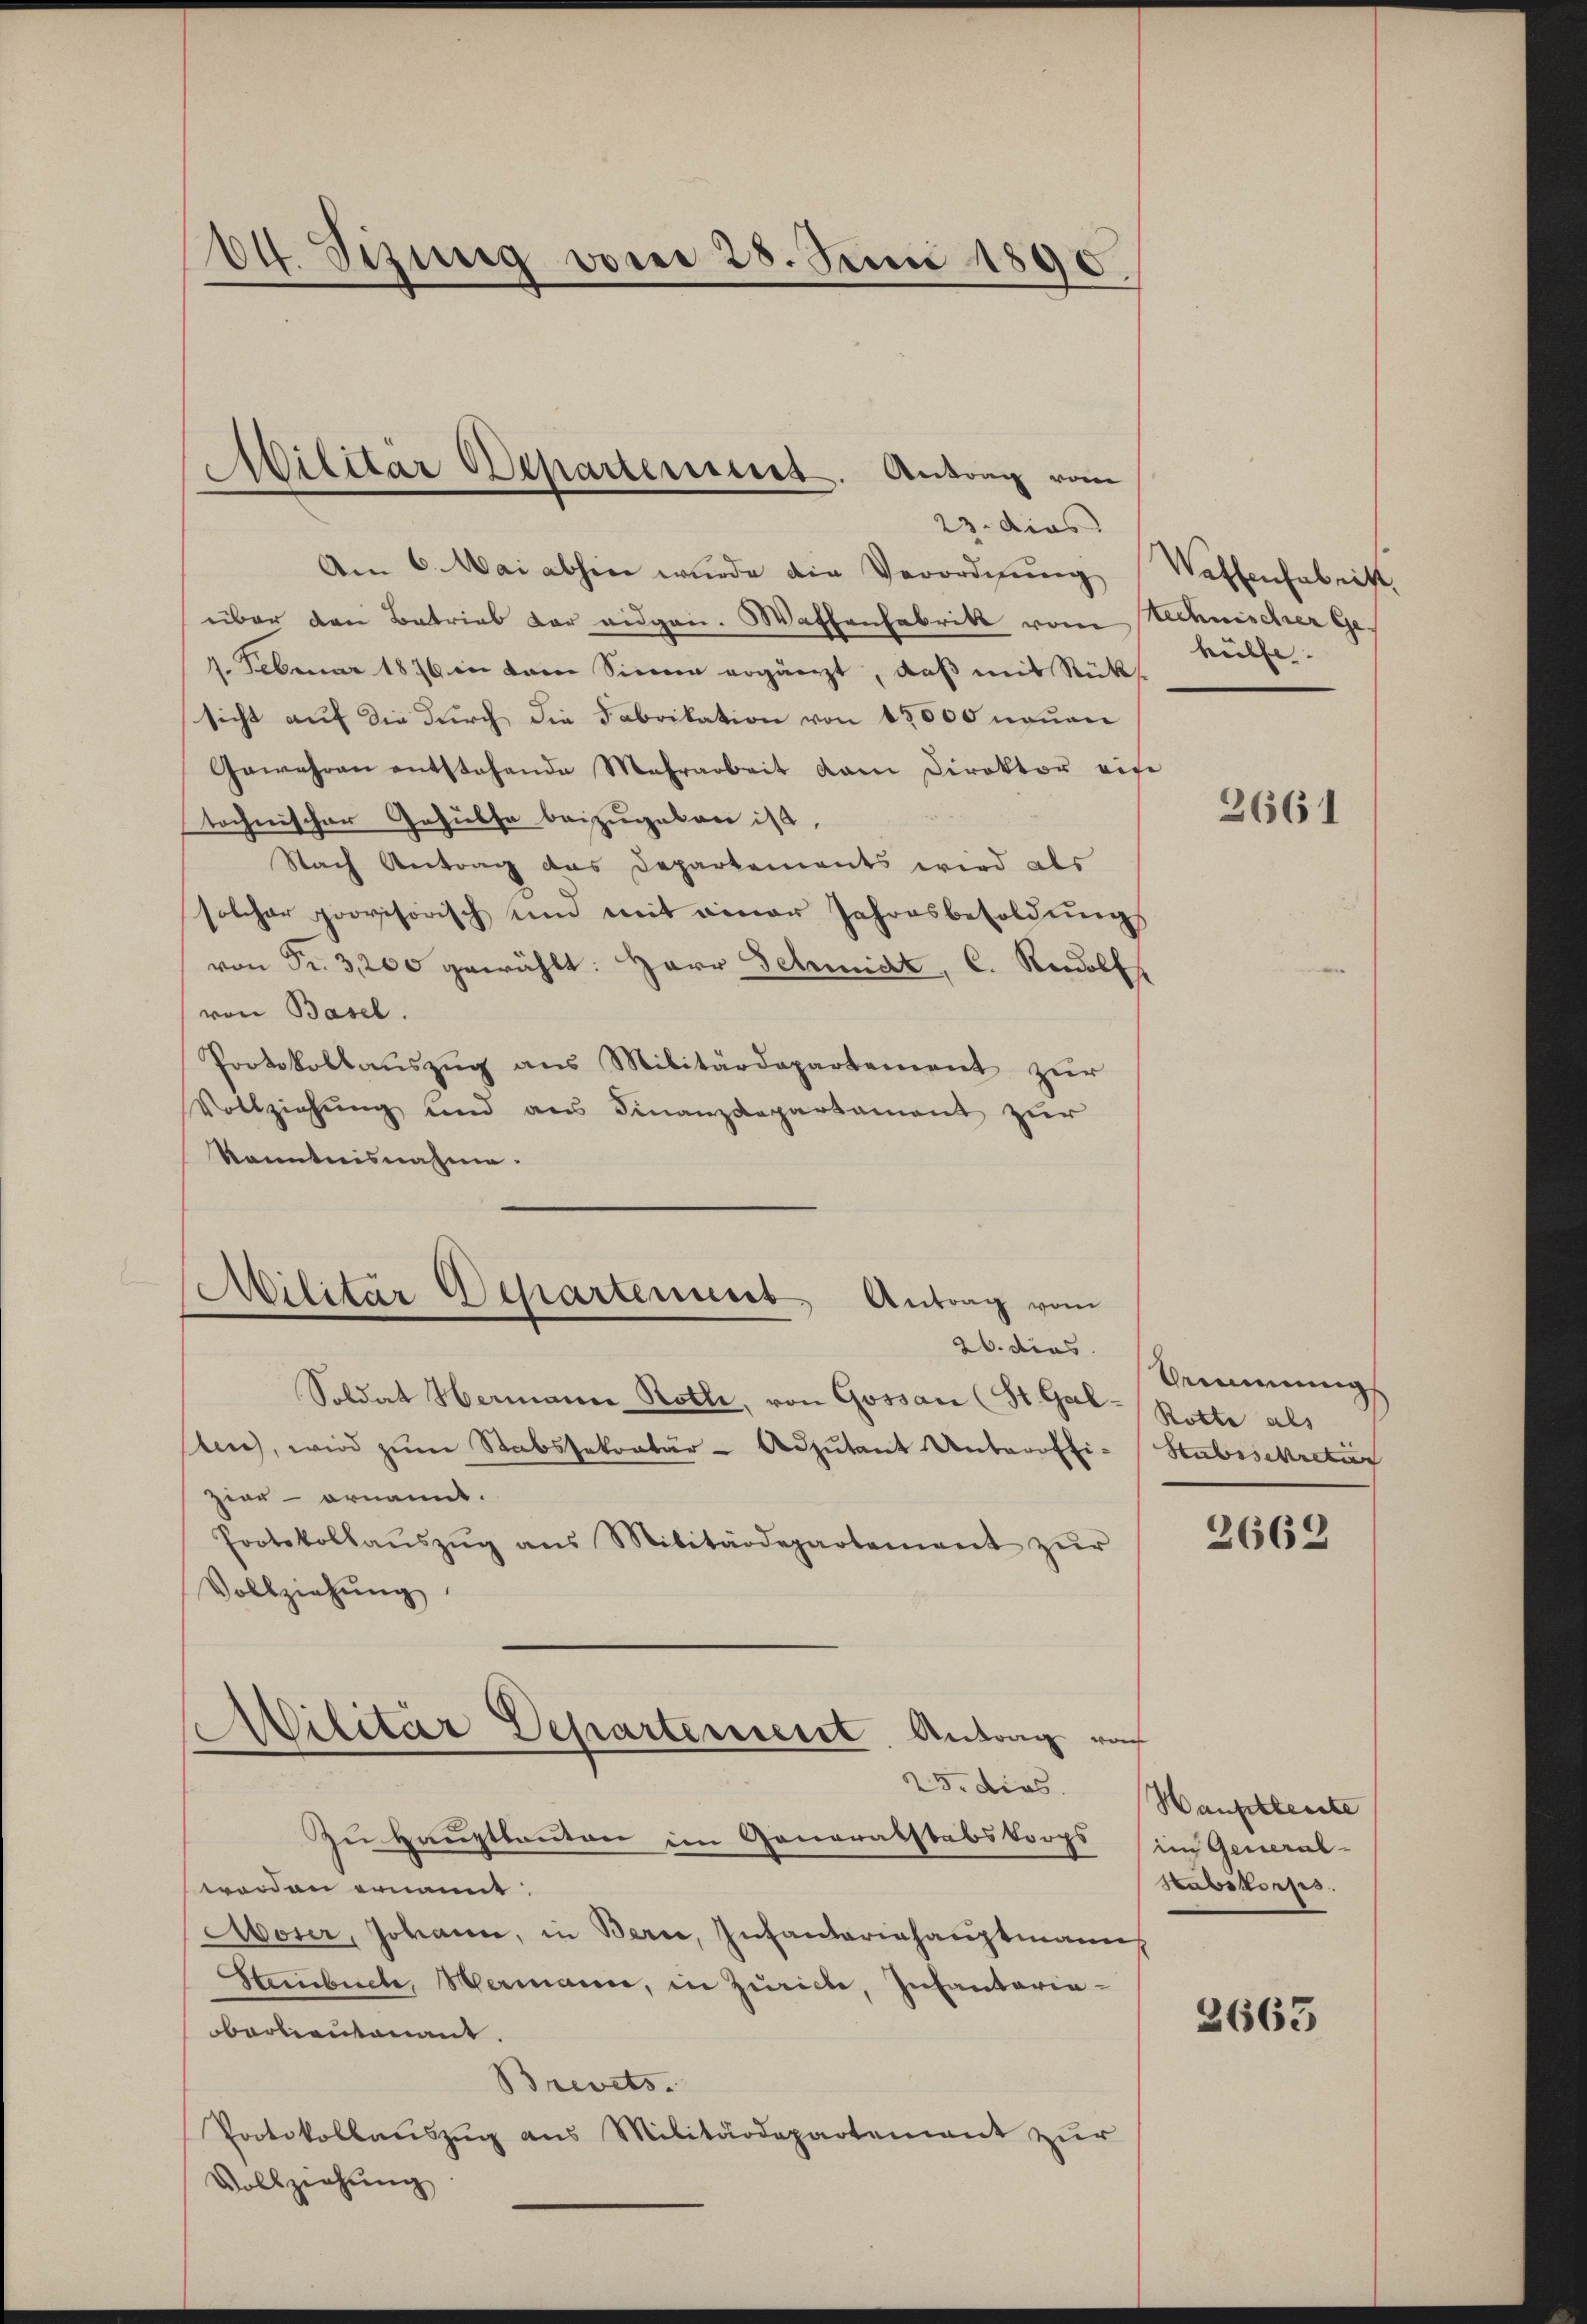
64. Sizung vom 28. Juni 1890.

23. dies
Am 6. Mai abhin wurde die Verordnung
über den Batrial der eidgen. Wattenfabrikt vom
1. Februar 1876 in dem Sinnen ergänzt, daβ mit Rücks
sicht auf die durch die Fabrikation von 15000 neuen
Gewähren entstehende Mehrarbeit kam Direktor ein
tochnischer Gehülfe beizugeben ist,
Nach Antrag das Departements wird als
solcher provisorisch und mit einer Jahresbesoldung
von Fr. 3,200 gewählt: Herr Schmidt, C. Rudolf
von Basel.
Protokollaŭszŭg ans Militärdepartement zŭr
Vollziehung und aus Finanzdepartament zur
Kenntnisnahme.
Soldat Hermann Roth, von Gossan (St. Gal-Rotte als
slen, wird zŭm Stabssekretär-Adjutant Unteroffi-
zier- ornannt.
Protokollaŭszŭg ans Militärdepartement zŭr
Vollziehŭng
Militär Departement. Antrag roh
25. dies
Zu Hauptkanton im Generalstabskorps
worden ernannt:
Moser, Johann, in Bern, Infantariehauptmanns
Steinbüche, Wermann, in Zürich, Infantaria-
barbantenant.
Brevets.
Protokollauszug aus Militärdepartement zur
Vollziehŭng

Militar Departement. Antrag vom

Militär Departennert Antrag vom
26. dies

Waffenfabritt.
technischer Gehülfe.

e

2661

Bemmung
Stubisekretar

2662

Hanfehlenste
(im General-
Stabskorps.

2663